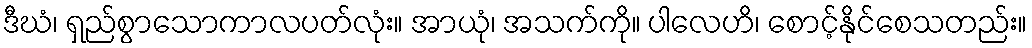
ဒီဃံ၊ ရှည်စွာသောကာလပတ်လုံး။ အာယုံ၊ အသက်ကို။ ပါလေဟိ၊ စောင့်နိုင်စေသတည်း။